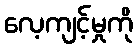
လေ့ကျင့်မှုကို